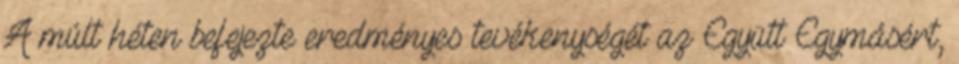
A múlt héten befejezte eredményes tevékenységét az Együtt Egymásért,